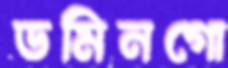
ডমিনগো